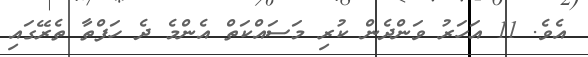
އެވެ. 11 އަހަރު ވަންދެން ކުރި މަސައްކަތް އެންމެެ ދެ ހަފްތާ ތެރޭގައި